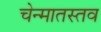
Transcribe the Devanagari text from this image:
चेन्मातस्तव